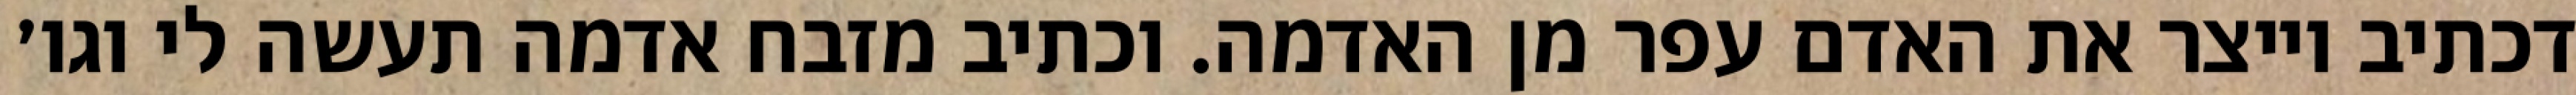
דכתיב וייצר את האדם עפר מן האדמה. וכתיב מזבח אדמה תעשה לי וגו׳